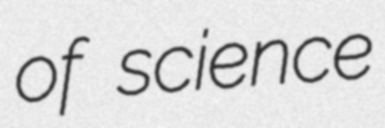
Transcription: of science